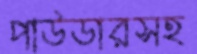
পাউডারসহ